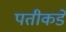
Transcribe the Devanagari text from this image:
पतीकडे